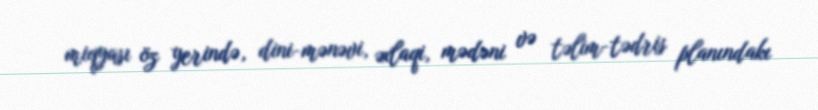
miqyası öz yerində, dini-mənəvi, əxlaqi, mədəni və təlim-tədris planındakı